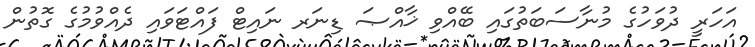
އަހަރީ ދުވަހުގެ މުނާސަބަތުގައި ބޭއްވި ޚާއްޞަ ޑިނަރ ނައިޓް ފައްޓަވައި ދެއްވުމުގެ ގޮތުން